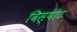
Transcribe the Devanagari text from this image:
विस्पोट